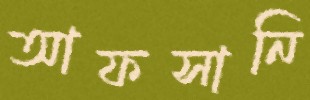
আফসানি